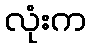
လုံးက